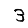
Digit: 3